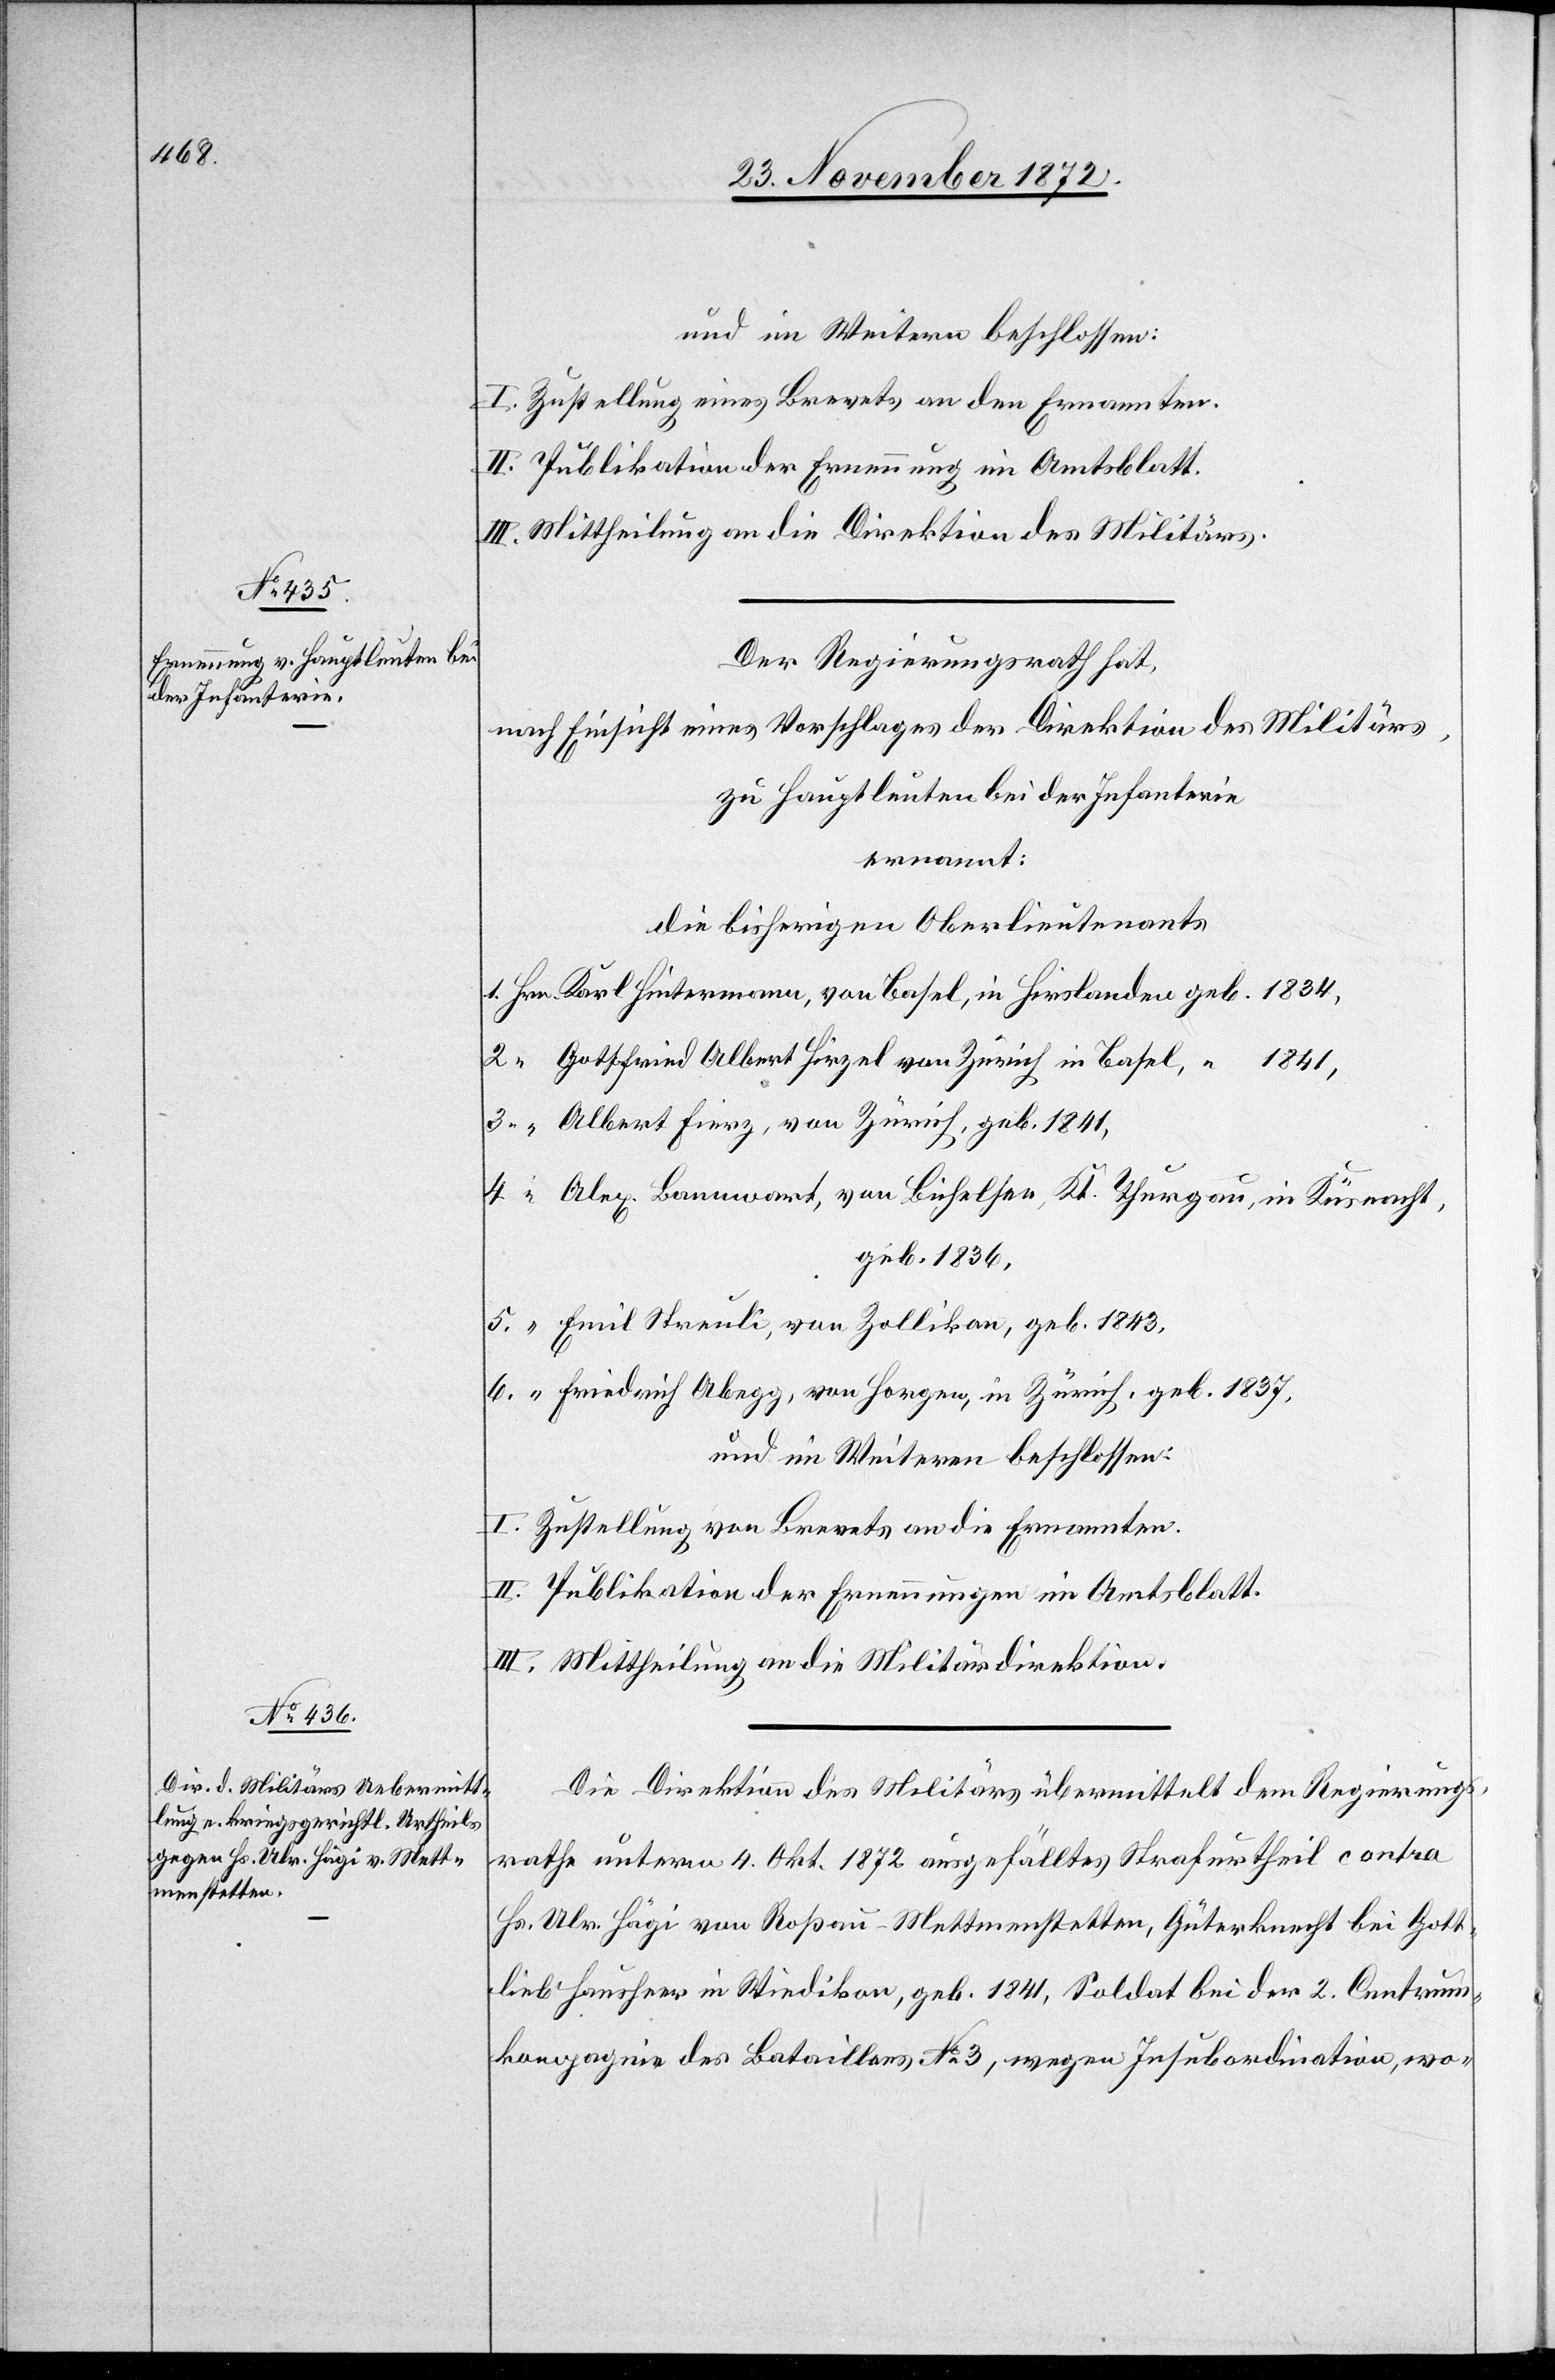
und im Weitern beschlossen:
I. Zustellung eines Brevets an den Ernannten.
II. Publikation der Ernennung im Amtsblatt.
III. Mittheilung an die Direktion des Militärs.
Der Regierungsrath hat,
nach Einsicht eines Vorschlages der Direktion des Militärs,
zu Hauptleuten bei der Infanterie
ernannt:
die bisherigen Oberlieutenants
Karl Hintermann, von Basel, in Hirslanden geb. 1834
Gottfried Albert Hirzel von Zürich in Basel, “ 1841,
Albert Fierz, von Zürich, geb. 1841,
Alex Bannwort, von Bichelser, Kt. Thurgau, in Küsnacht,
geb. 1836,
Emil Streuli, von Zollikon, geb. 1843,
Friedrich Abegg, von Horgen, in Zürich, geb. 1837,
und im Weiteren beschlossen:
I. Zustellung von Brevets an die Ernannten.
II. Publikation der Ernennungen im Amtsblatt.
III. Mittheilung an die Militärdirektion.
Die Direktion des Militärs übermittelt dem Regierungs¬
rathe unterm 4. Okt. 1872 ausgefälltes Strafurtheil contra
Hs. Ulr. Hägi von Roßau-Mettmenstetten, Güterknecht bei Gott¬
lieb Hausheer in Wiedikon, geb. 1841, Soldat bei der 2. Centrums¬
kompagnie des Bataillons No 3, wegen Insubordination, wo-